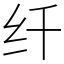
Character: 纤